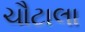
ચૌટાલા